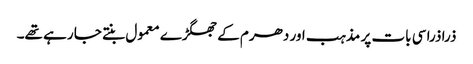
ذرا ذرا سی بات پر مذہب اور دھرم کے جھگڑے معمول بنتے جا رہے تھے۔